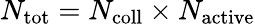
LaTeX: N_{\mathrm{tot}}=N_{\mathrm{coll}}\times N_{\mathrm{active}}